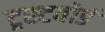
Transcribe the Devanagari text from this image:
ट्रस्टबोर्ड